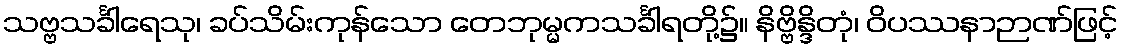
သဗ္ဗသင်္ခါရေသု၊ ခပ်သိမ်းကုန်သော တေဘုမ္မကသင်္ခါရတို့၌။ နိဗ္ဗိန္ဒိတုံ၊ ဝိပဿနာဉာဏ်ဖြင့်